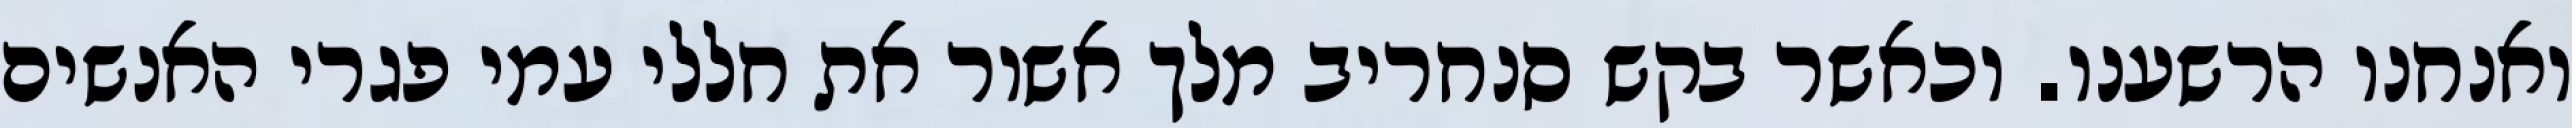
ואנחנו הרשענו. וכאשר בקש סנחריב מלך אשור את חללי עמי פגרי האנשים